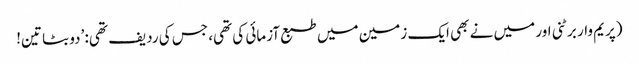
(پریم وار برٹنی اور میں نے بھی ایک زمین میں طبع آزمائی کی تھی، جس کی ردیف تھی: ’دو بٹا تین!